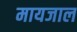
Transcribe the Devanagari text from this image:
मायजाल